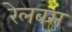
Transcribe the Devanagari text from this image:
रेलबस